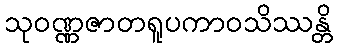
သုဝဏ္ဏဇာတရူပကာဝသိဿန္တိ